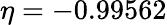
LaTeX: \eta=-0.99562